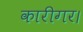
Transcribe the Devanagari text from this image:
कारीगर।